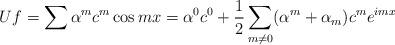
LaTeX: \begin{align*}Uf=\sum \alpha ^{m}c^{m}\cos mx=\alpha ^{0}c^{0}+\frac{1}{2}\sum_{m\neq0}(\alpha ^{m}+\alpha _{m})c^{m}e^{imx}\end{align*}